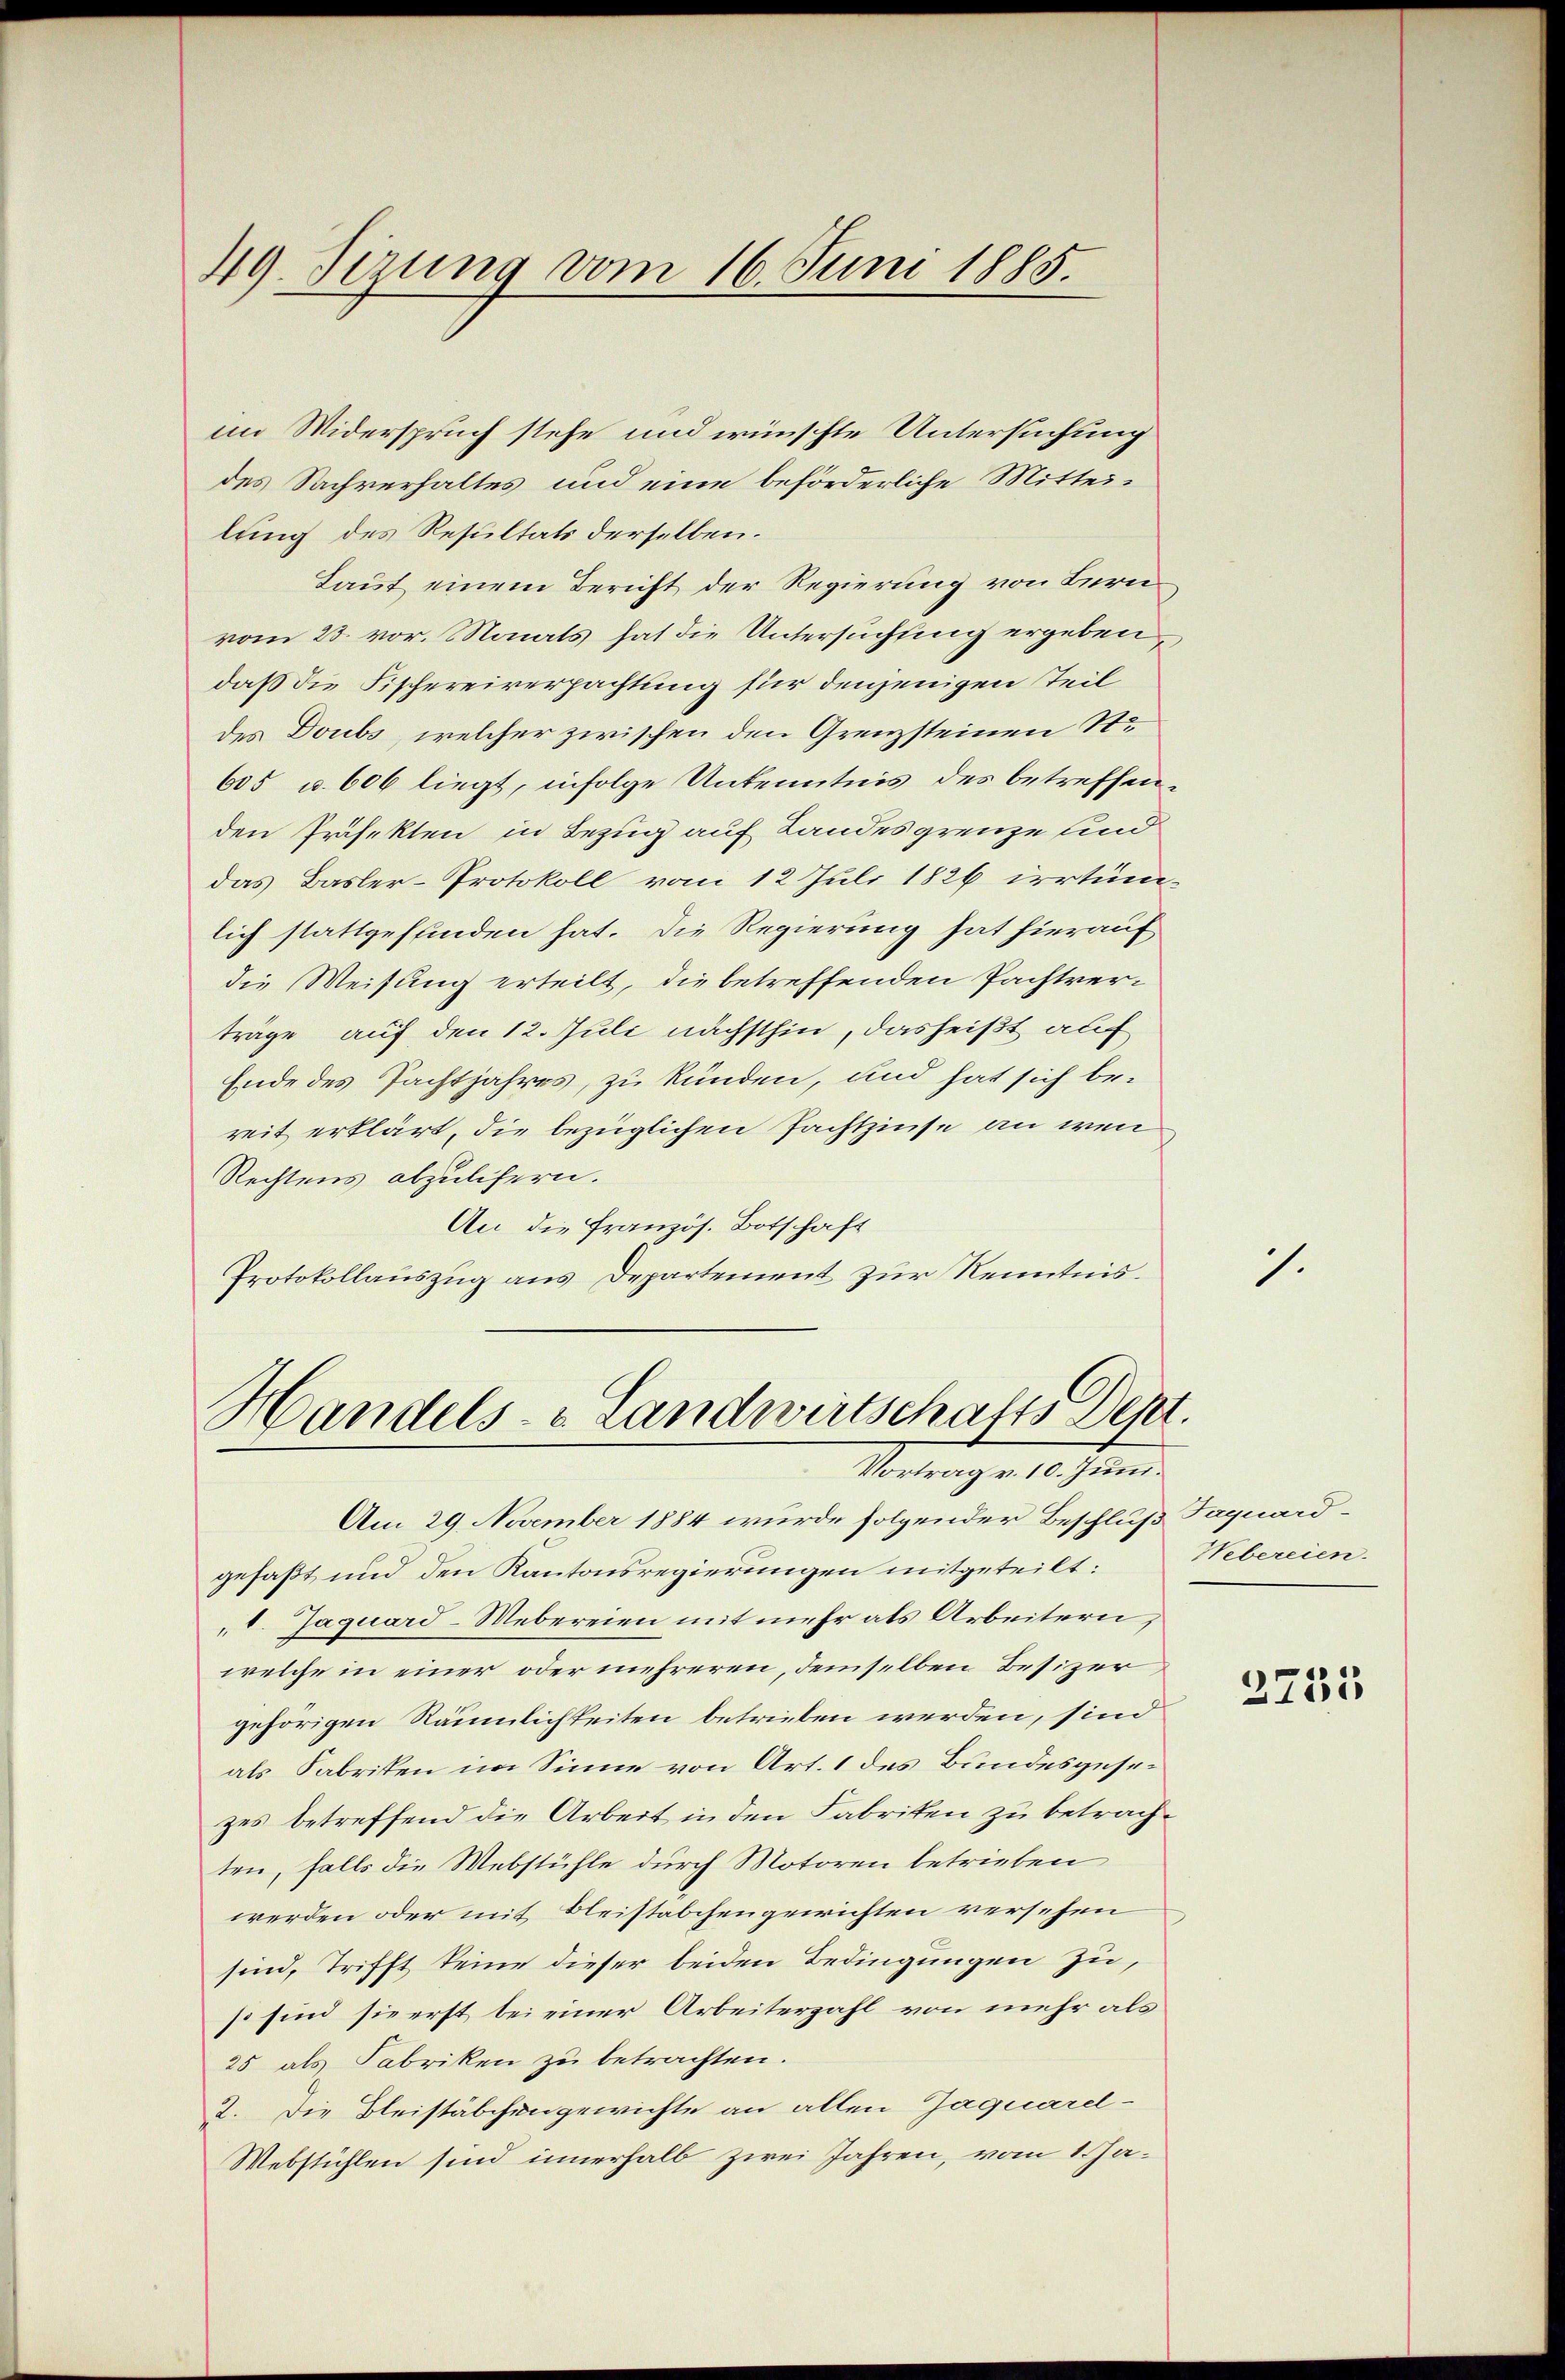
49. Sizung vom 16. Juni 1885.

im Widerspruch stehe und wünschte Untersuchung
des Sachverhaltes und eine beförderliche Mitteilung des Resultats derselben.
Laut einem Bericht der Regierung von Bern
vom 23. vor. Monats hat die Untersuchung ergeben,
daß die Fischereiverpachtung für denjenigen Teil
des Doubs, welcher zwischen den Grenzsteinen St.
605 u. 606 liegt, infolge Unkenntnis des betreffenden Präfekten in Bezug auf Landesgrenze und
das Basler-Protokoll vom 12 Juli 1826 irrtüm-
lich stattgefunden hat. Die Regierung hat hierauf
die Weisung erteilt, die betreffenden Pachtverträge auf den 12. Juli nächsthin, das heißt auf
Ende des Pachtjahres, zu künden, und hat sich bereit erklärt, die bezüglichen Pachtzinse an wen
Rechtens abzuliefern.
An die französ. Botschaft
Protokollauszug aus Departement zur Kenntnis¬

Am 29. November 1884 wurde folgender Beschluß Faquardgefaßt und den Kantonsregierungen mitgeteilt: Webereien.
1. Jaquard-Webereien mit mehr als Arbeitern,
welche in einer oder mehreren, demselben Besizer,
gehörigen Räumlichkeiten betrieben werden, sind
als Fabriken im Sinne von Art. 1 des Bundesgesezes betreffend die Arbeit in den Fabriken zu betrachten, falls die Webstühle durch Motoren betrieben
werden oder mit Bleistabchengerichten versehen
sind, trifft keine dieser beiden Bedingungen zu,
so sind sie erst bei einer Arbeiterzahl von mehr als
25 als Fabriken zu betrachten.
2. Die Fleistäbchengewichte an allen Jaquarel¬
Webstühlen sind innerhalb zwei Jahren, vom 1. Ja¬

Handels- & Landwirtschafts Dept.
Vortrag v. 10. Juni.

1.

2755